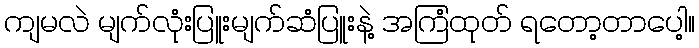
ကျမလဲ မျက်လုံးပြူးမျက်ဆံပြူးနဲ့ အကြံထုတ် ရတော့တာပေါ့။